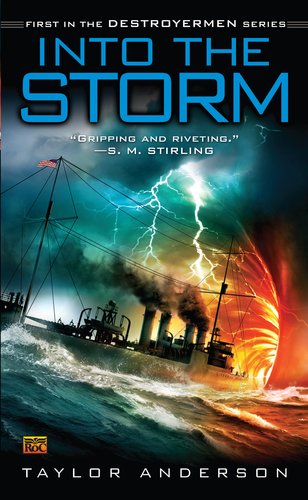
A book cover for Into the Storm (Destroyermen); Taylor Anderson; Science Fiction & Fantasy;